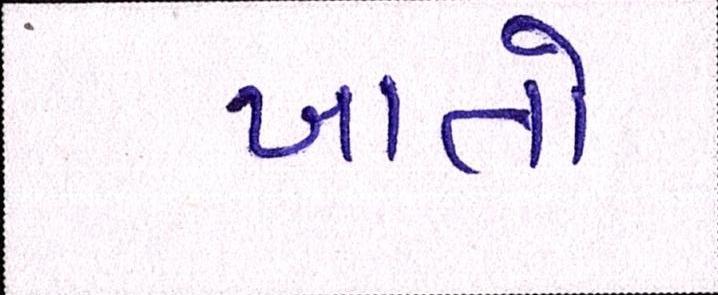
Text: ખાતો